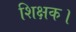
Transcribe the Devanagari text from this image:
शिक्षक।